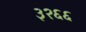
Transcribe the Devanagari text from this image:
३२६६